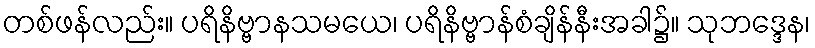
တစ်ဖန်လည်း။ ပရိနိဗ္ဗာနသမယေ၊ ပရိနိဗ္ဗာန်စံချိန်နီးအခါ၌။ သုဘဒ္ဒေန၊